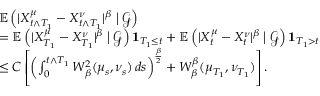
\begin{array} { r l } & { \mathbb { E } \left( | X _ { t \wedge T _ { 1 } } ^ { \mu } - X _ { t \wedge T _ { 1 } } ^ { \nu } | ^ { \beta } \bigm | \mathcal { G } \right) } \\ & { = \mathbb { E } \left( | X _ { T _ { 1 } } ^ { \mu } - X _ { T _ { 1 } } ^ { \nu } | ^ { \beta } \bigm | \mathcal { G } \right) \mathbf { 1 } _ { T _ { 1 } \leq t } + \mathbb { E } \left( | X _ { t } ^ { \mu } - X _ { t } ^ { \nu } | ^ { \beta } \bigm | \mathcal { G } \right) \mathbf { 1 } _ { T _ { 1 } > t } } \\ & { \leq C \left[ \left( \int _ { 0 } ^ { t \wedge T _ { 1 } } W _ { \beta } ^ { 2 } ( \mu _ { s } , \nu _ { s } ) \, d s \right) ^ { \frac { \beta } { 2 } } + W _ { \beta } ^ { \beta } ( \mu _ { T _ { 1 } } , \nu _ { T _ { 1 } } ) \right] . } \end{array}